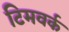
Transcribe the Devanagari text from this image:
टिमवर्क